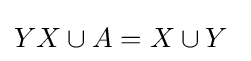
YX\cup A=X\cup Y\